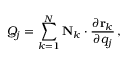
Q _ { j } = \sum _ { k = 1 } ^ { N } \mathbf { N } _ { k } \cdot { \frac { \partial \mathbf { r } _ { k } } { \partial q _ { j } } } \, ,